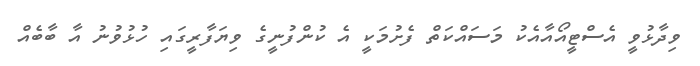
ވިދާޅުވީ އެސްޓީއޯއާއެކު މަސައްކަތް ފެށުމަކީ އެ ކުންފުނީގެ ވިޔަފާރީގައި ހުޅުވުނު އާ ބާބެއް